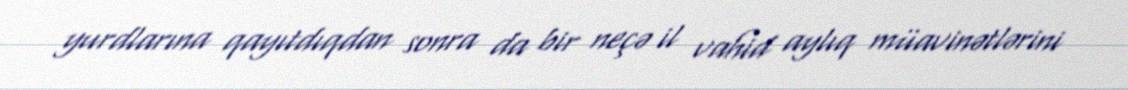
yurdlarına qayıtdıqdan sonra da bir neçə il vahid aylıq müavinətlərini